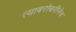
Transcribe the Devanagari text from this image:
त्याबरोबरीनेच